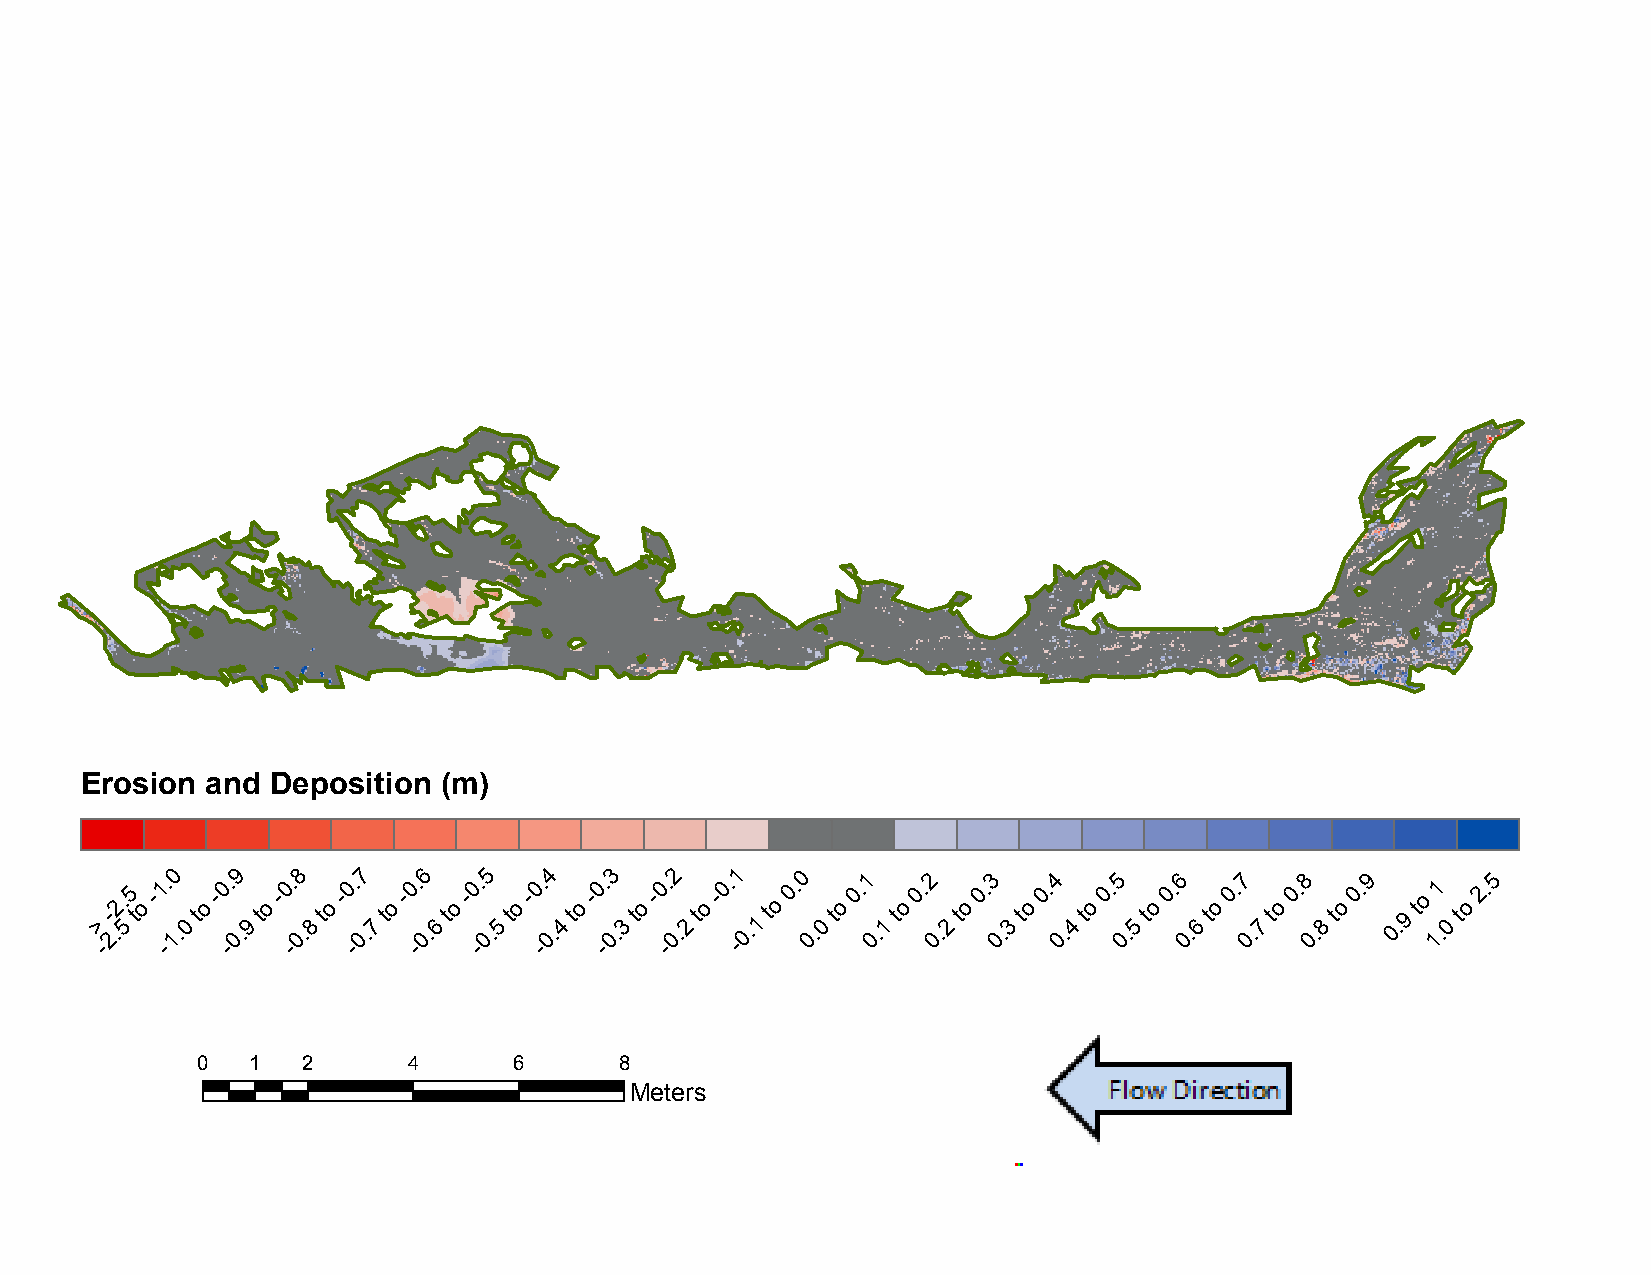
B14:     November           2012     to  November           2013
 Erosion  and Deposition (m)
 >
 -
 -
 2.2.
 5
 5
 t
 o
 -1 -. 10
 .0
 to
 -0 -. 09
 .9
 to
 -0 -. 08
 .8
 to
 -0 -. 07
 .7
 to
 -0 -. 06
 .6
 to
 -0 -. 05
 .5
 to
 -0 -. 04
 .4
 to
 -0 -. 03
 .3
 to
 -0 -. 02
 .2
 to
 -0. -1
 0.1
 to
 0. 0
 0.
 0
 to
 0.1
 0
 .1
 to
 0.2
 0
 .2
 to
 0.3
 0
 .3
 to
 0.4
 0
 .4
 to
 0.5
 0.
 5
 to
 0.6
 0.
 6
 to
 0.7
 0.
 7
 to
 0.8
 0.
 8
 to
 0.9
 0. 9
 to
 11
 .0
 to
 2.5
 0   1  2      4      6      8
 Meters